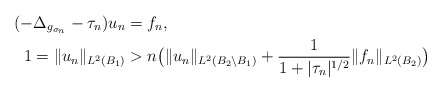
\begin{align*} (- \Delta_{g_{\sigma_n}} - \tau_n )u_n &= f_n,\\ 1= \| u_{n} \|_{L^2( B_1)} &> n \big( \Vert u_n \Vert_{L^2(B_2\setminus B_1)} + \frac{ 1} { 1+ |\tau_n|^{1/2}} \Vert f_n \Vert_{L^2(B_2)}\big) \end{align*}